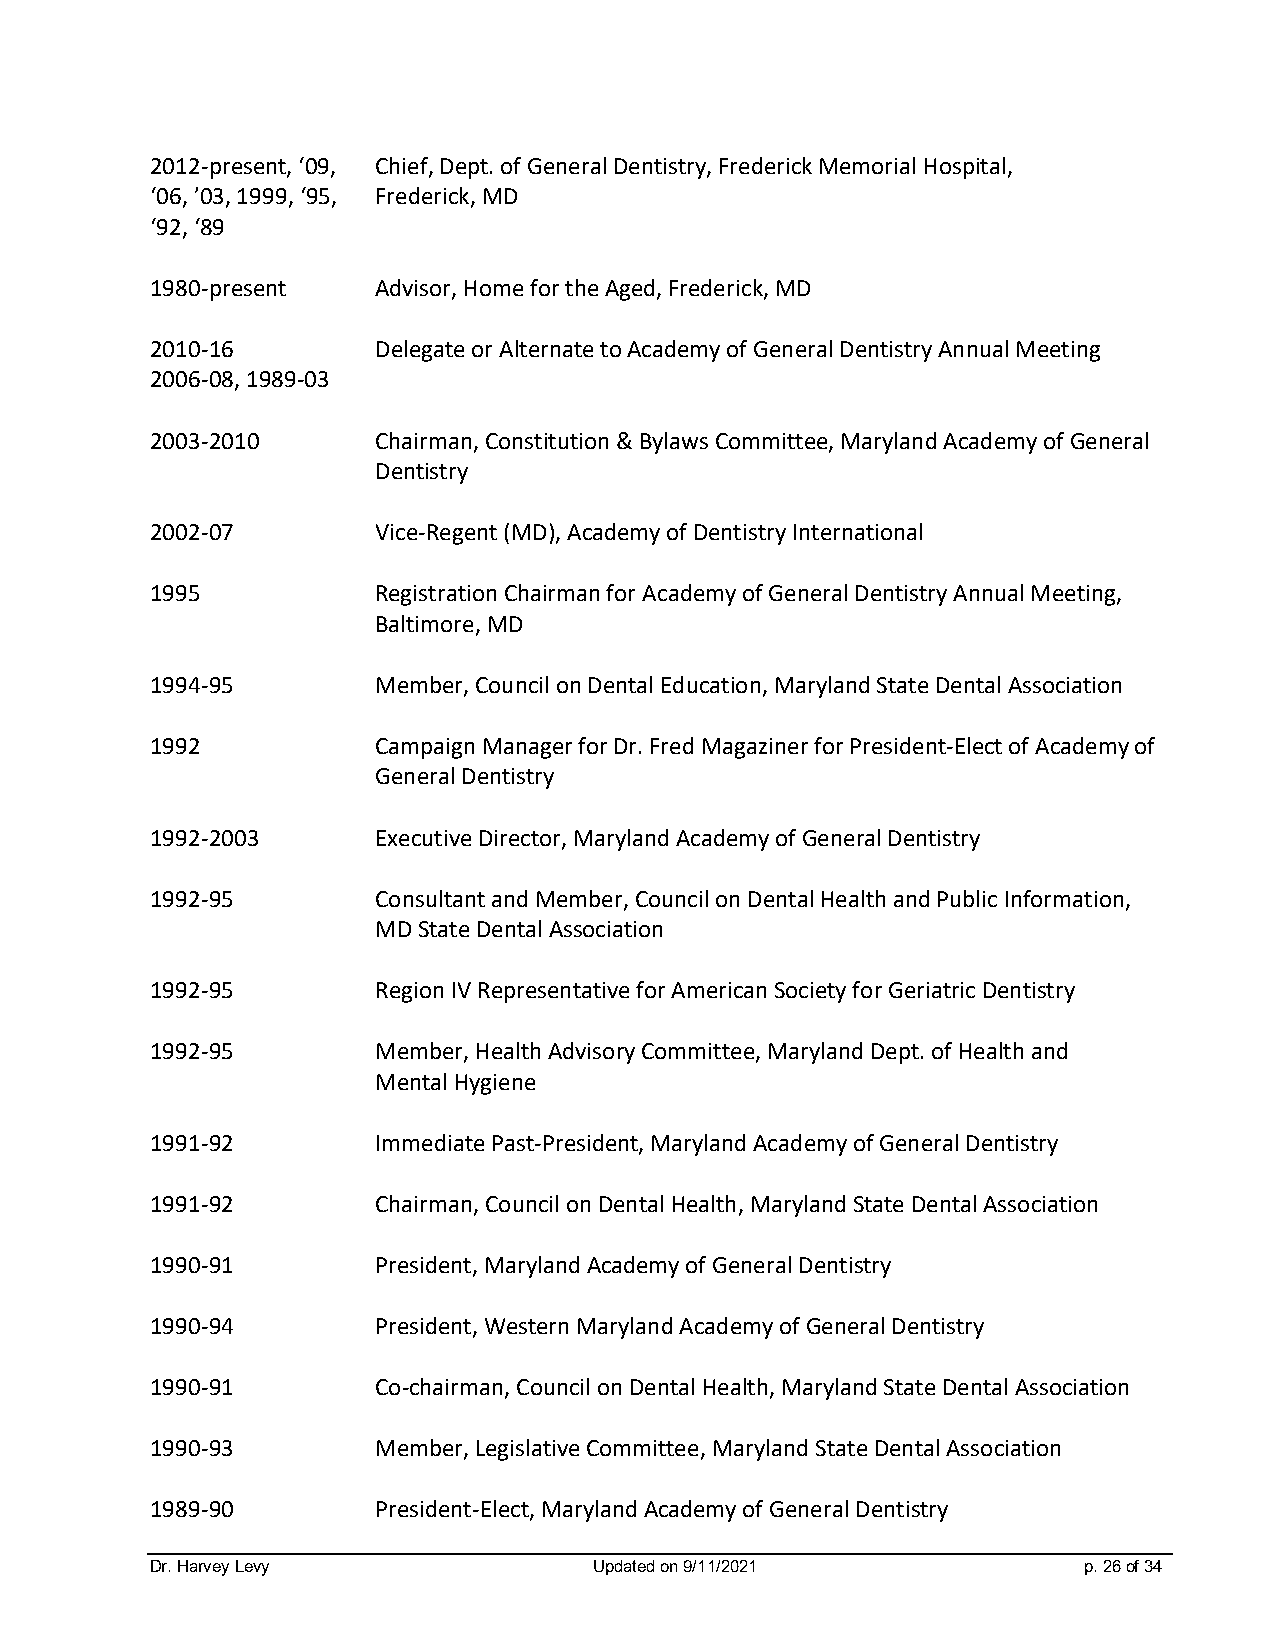
2012-present, ‘09, Chief, Dept. of General Dentistry, Frederick Memorial Hospital,
 ‘06, ’03, 1999, ‘95, Frederick, MD
 ‘92, ‘89
 1980-present   Advisor, Home for the Aged, Frederick, MD
 2010-16        Delegate or Alternate to Academy of General Dentistry Annual Meeting
 2006-08, 1989-03
 2003-2010      Chairman, Constitution & Bylaws Committee, Maryland Academy of General
 Dentistry
 2002-07        Vice-Regent (MD), Academy of Dentistry International
 1995           Registration Chairman for Academy of General Dentistry Annual Meeting,
 Baltimore, MD
 1994-95        Member, Council on Dental Education, Maryland State Dental Association
 1992           Campaign Manager for Dr. Fred Magaziner for President-Elect of Academy of
 General Dentistry
 1992-2003      Executive Director, Maryland Academy of General Dentistry
 1992-95        Consultant and Member, Council on Dental Health and Public Information,
 MD State Dental Association
 1992-95        Region IV Representative for American Society for Geriatric Dentistry
 1992-95        Member, Health Advisory Committee, Maryland Dept. of Health and
 Mental Hygiene
 1991-92        Immediate Past-President, Maryland Academy of General Dentistry
 1991-92        Chairman, Council on Dental Health, Maryland State Dental Association
 1990-91        President, Maryland Academy of General Dentistry
 1990-94        President, Western Maryland Academy of General Dentistry
 1990-91        Co-chairman, Council on Dental Health, Maryland State Dental Association
 1990-93        Member, Legislative Committee, Maryland State Dental Association
 1989-90        President-Elect, Maryland Academy of General Dentistry
 Dr. Harvey Levy              Updated on 9/11/2021             p. 26 of 34